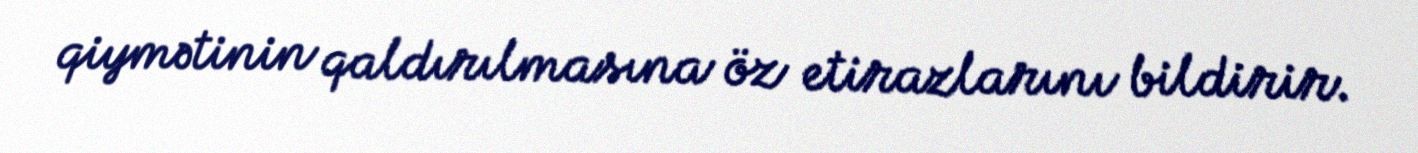
qiymətinin qaldırılmasına öz etirazlarını bildirir.